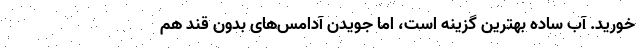
خورید. آب ساده بهترین گزینه است، اما جویدن آدامس‌های بدون قند هم